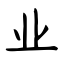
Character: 业